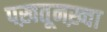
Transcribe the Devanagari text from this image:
पख़तूनख़्वा